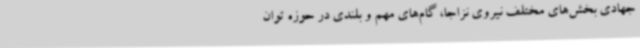
جهادی بخش‌های مختلف نیروی نزاجا، گام‌های مهم و بلندی در حوزه توان